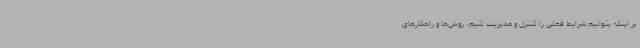
بر اینکه بتوانیم شرایط فعلی را کنترل و مدیریت کنیم، روش‌ها و راهکارهای